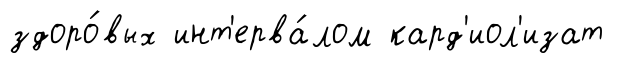
здоро́вых инт'ерва́лом кард'иол'изат